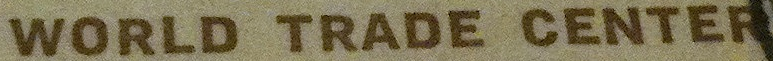
WORLD TRADE CENTER